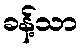
ခန့်သာ